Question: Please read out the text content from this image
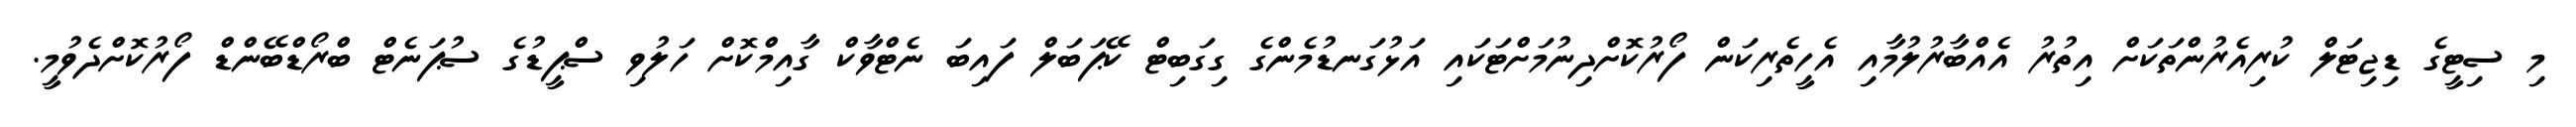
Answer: މި ސިޓީގެ ޑިޖިޓަލް ކުރިއެރުންތަކަށް އިތުރު އެއްބާރުލުމާއި އެހީތެރިކަން ފޯރުކޮށްދިނުމަށްޓަކައި އަޅުގަނޑުމެންގެ ގިގަބިޓް ކޭޕަބަލް ފައިބަ ނެޓްވާކް ގާއިމްކޮށް ހަލުވި ސްޕީޑުގެ ސުޕަނެޓް ބްރޯޑްބޭންޑް ފޯރުކޮށްދެވުމީ.